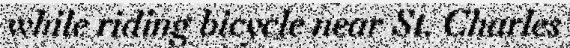
while riding bicycle near St. Charles